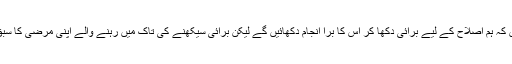
سب یہی کہتے ہیں کہ ہم اصلاح کے لیے برائی دکھا کر اس کا برا انجام دکھائیں گے لیکن برائی سیکھنے کی تاک میں رہنے والے اپنی مرضی کا سبق ہی سیکھتے ہیں۔